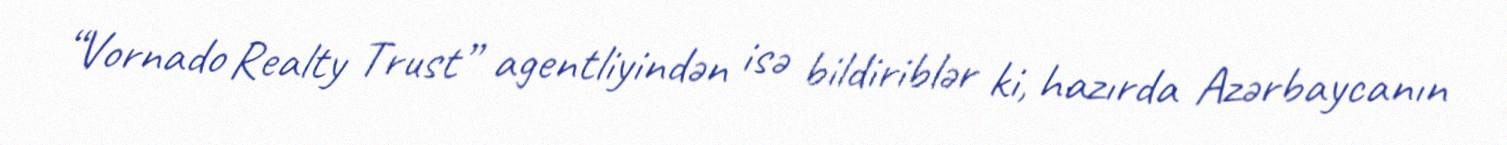
“Vornado Realty Trust” agentliyindən isə bildiriblər ki, hazırda Azərbaycanın